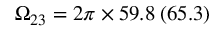
\Omega _ { 2 3 } = 2 \pi \times 5 9 . 8 \: ( 6 5 . 3 )